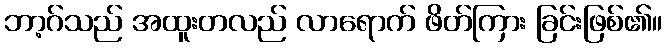
ဘာ့ဂ်သည် အထူးတလည် လာရောက် ဖိတ်ကြား ခြင်းဖြစ်၏။